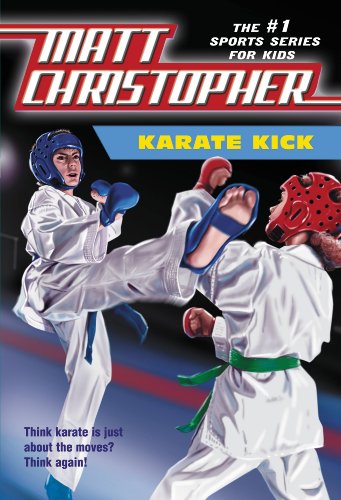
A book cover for Karate Kick (Matt Christopher Sports Fiction); Matt Christopher; Teen & Young Adult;